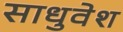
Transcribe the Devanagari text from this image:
साधुवेश